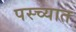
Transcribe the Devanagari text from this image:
पस्च्यात